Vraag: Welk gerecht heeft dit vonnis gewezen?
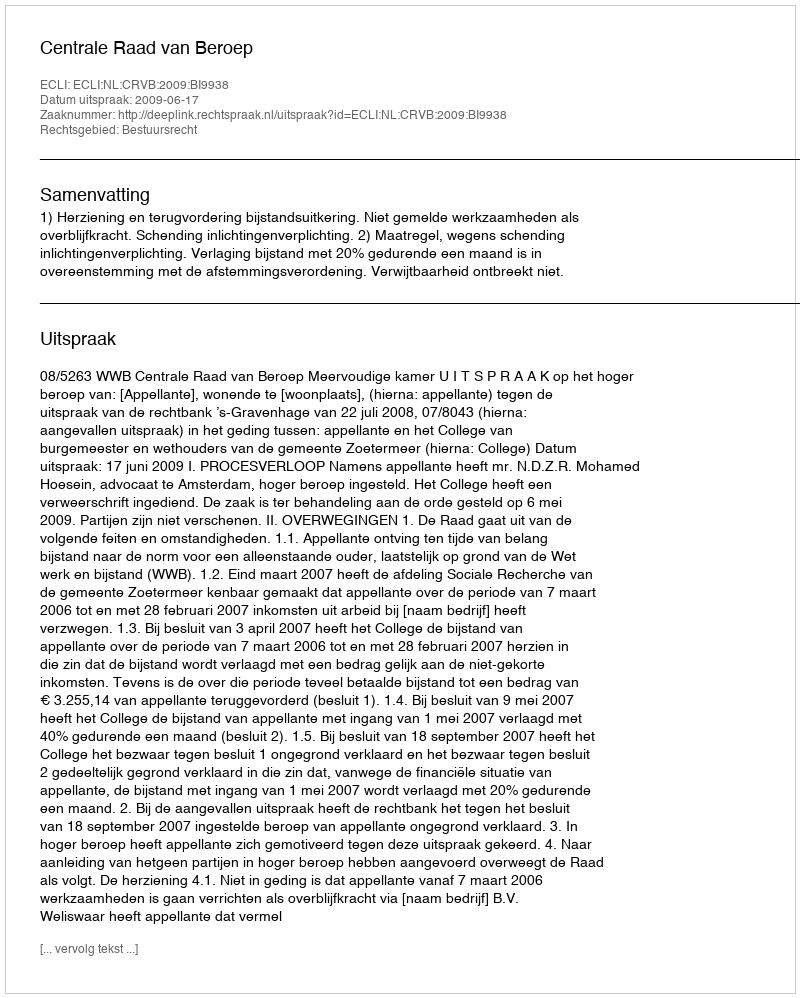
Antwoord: Centrale Raad van Beroep